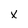
Character: X